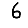
Digit: 6